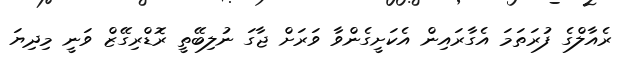
ރެއާލްގެ ފުރަތަމަ އެގާރައިން އެކަށީގެންވާ ވަރަށް ޖާގަ ނުލިބޭތީ ރޮޑްރިގޭޒް ވަނީ މިދިޔަ